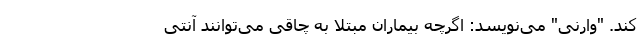
کند. "وارنی" می‌نویسد: اگرچه بیماران مبتلا به چاقی می‌توانند آنتی